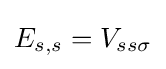
E_{s,s}=V_{ss\sigma }